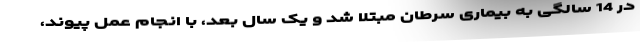
در 14 سالگی به بیماری سرطان مبتلا شد و یک سال بعد، با انجام عمل پیوند،